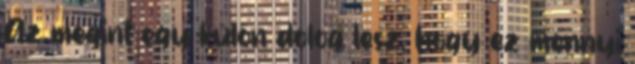
Az megint egy külön dolog lesz, hogy ez mennyi